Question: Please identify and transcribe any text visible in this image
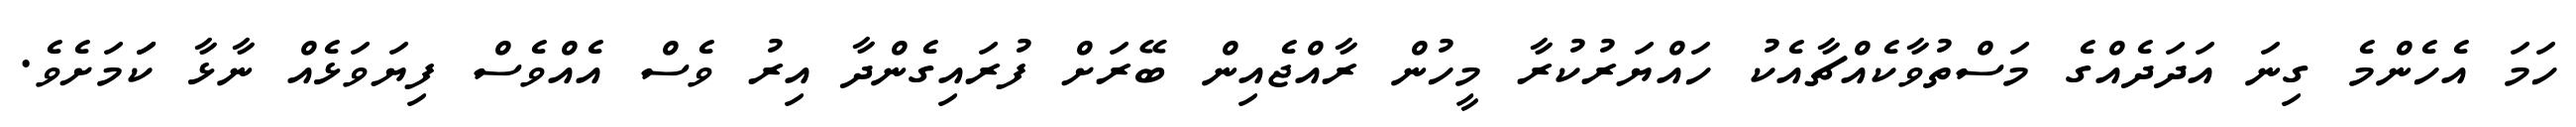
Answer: ހަމަ އެހެންމެ ގިނަ އަދަދެއްގެ މަސްތުވާކެއްޗާއެކު ހައްޔަރުކުރާ މީހުން ރާއްޖެއިން ބޭރަށް ފުރައިގެންދާ އިރު ވެސް އެއްވެސް ފިޔަވަޅެއް ނާޅާ ކަަމަށެވެ.